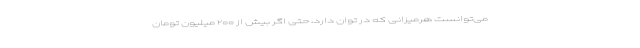
می‌توانست هرمیزانی که در توان دارد، حتی اگر بیش از ۲۰۰ میلیون تومان